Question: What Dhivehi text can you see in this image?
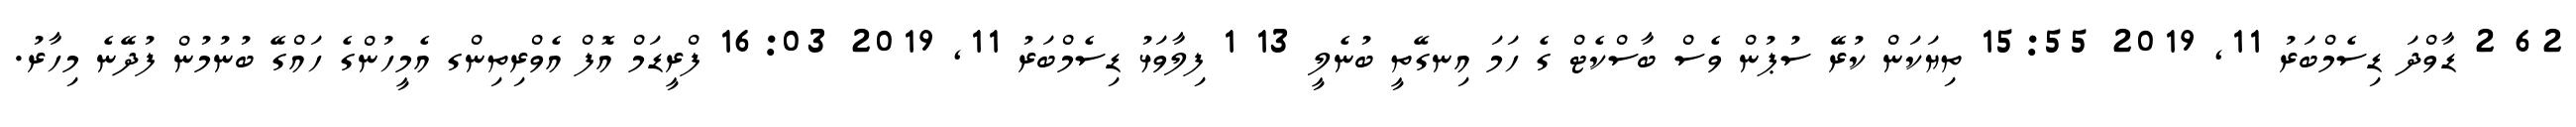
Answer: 62 2 ޑާވްދަ ޑިސެމްބަރު 11, 2019 15:55 ތިޔަކަން ކުރޭ ސުޕުން ވެސް ބާސްކެޓް ގެ ހަމަ އިނގޭތީ ބުނެލީ 13 1 ފިލާވަޅު ޑިސެމްބަރު 11, 2019 16:03 ފްރީޑަމް އޮފް އެވްރިތިންގ އެމީހުންގެ ހައްގޭ ބުނުމުން ފުދޭނެ މިހާރު.